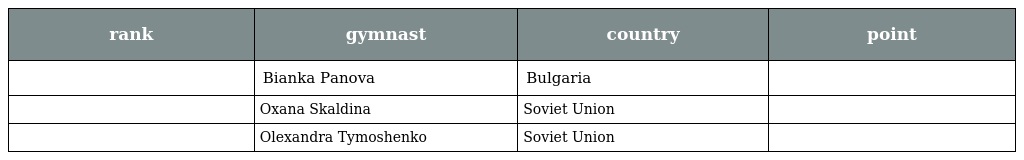
| rank | gymnast | country | point |
 | --- | --- | --- | --- |
 |  | Bianka Panova | Bulgaria |  |
 |  | Oxana Skaldina | Soviet Union |  |
 |  | Olexandra Tymoshenko | Soviet Union |  |